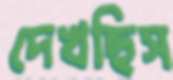
দেখছিস